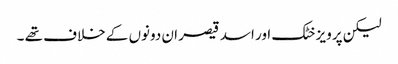
لیکن پرویز خٹک اور اسد قیصر ان دونوں کے خلاف تھے ۔